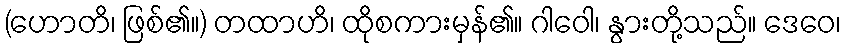
(ဟောတိ၊ ဖြစ်၏။) တထာဟိ၊ ထိုစကားမှန်၏။ ဂါဝေါ၊ နွားတို့သည်။ ဒေဝေ၊